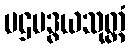
ပဌမဒွယသုတ္တံ